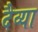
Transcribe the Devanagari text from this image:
दैव्या